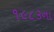
૧૯૮૩ના